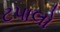
ટપાલો